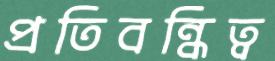
প্রতিবন্ধিত্ব